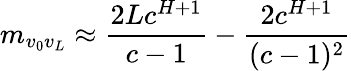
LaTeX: m_{v_{0}v_{L}}\approx\frac{2Lc^{H+1}}{c-1}-\frac{2c^{H+1}}{(c-1)^{2}}